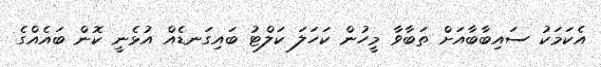
އެކަމަކު ސައިބާބާއަށް ތަބާވާ މީހުން ކަހަލަ ކަލްޓު ބައިގަނޑެއް އުޅެނީ ކޮން ބައެއްގެ